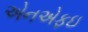
એનએફઇ